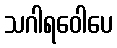
သဂါရဝေါပေ